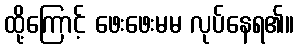
ထို့ကြောင့် ဖေးဖေးမမ လုပ်နေရ၏။